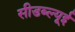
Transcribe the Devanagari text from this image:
सीडब्ल्यूई